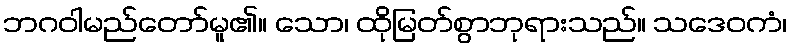
ဘဂဝါမည်တော်မူ၏။ သော၊ ထိုမြတ်စွာဘုရားသည်။ သဒေဝကံ၊